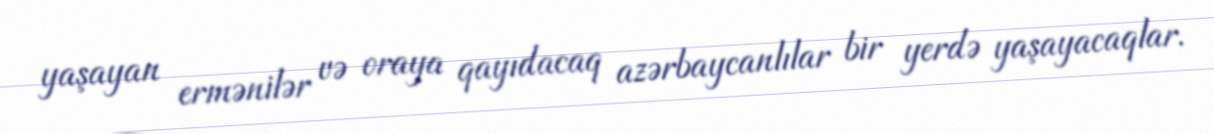
yaşayan ermənilər və oraya qayıdacaq azərbaycanlılar bir yerdə yaşayacaqlar.